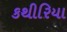
કથીરિયા